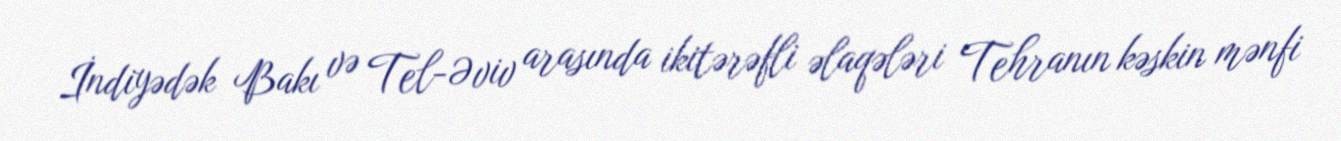
İndiyədək Bakı və Tel-Əviv arasında ikitərəfli əlaqələri Tehranın kəskin mənfi